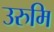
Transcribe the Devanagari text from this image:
उरुमि